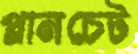
প্লানচেট